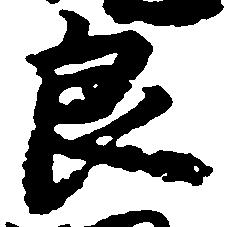
良